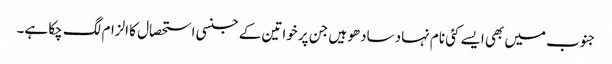
جنوب میں بھی ایسے کئی نام نہاد سادھو ہیں جن پر خواتین کے جنسی استحصال کا الزام لگ چکا ہے۔